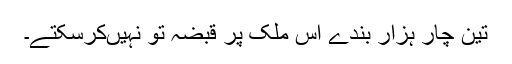
تین چار ہزار بندے اس ملک پر قبضہ تو نہیں‌کرسکتے۔